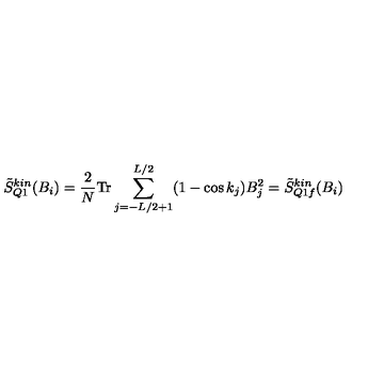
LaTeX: \tilde { S } _ { Q 1 } ^ { k i n } ( B _ { i } ) = \frac { 2 } { N } \mathrm { T r } \sum _ { j = - L / 2 + 1 } ^ { L / 2 } ( 1 - \cos k _ { j } ) B _ { j } ^ { 2 } = \tilde { S } _ { Q 1 f } ^ { k i n } ( B _ { i } )